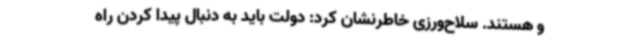
و هستند. سلاح‌ورزی خاطرنشان کرد: دولت باید به دنبال پیدا کردن راه